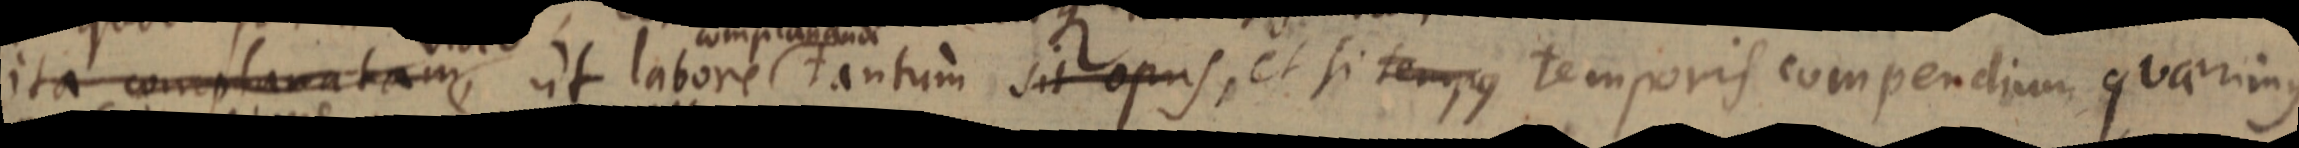
ita complanatam, ut labore complanandi tantum sit opus, et si tem_ temporis compendium quaerimus